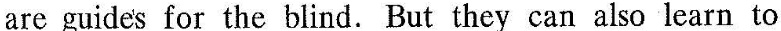
are guides for the blind. But they can also learn to